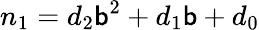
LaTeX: n_{1}=d_{2}\mathsf{b}^{2}+d_{1}\mathsf{b}+d_{0}